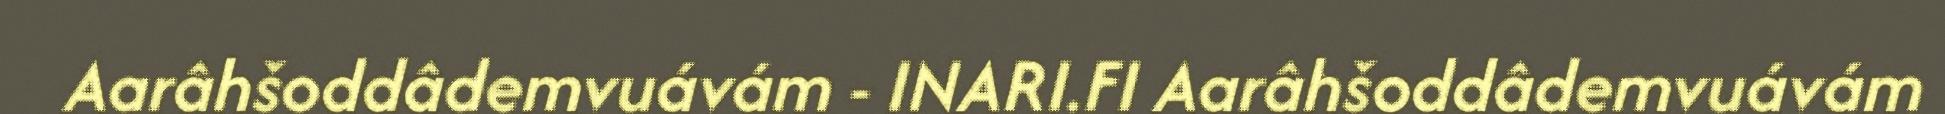
Aarâhšoddâdemvuávám - INARI.FI Aarâhšoddâdemvuávám